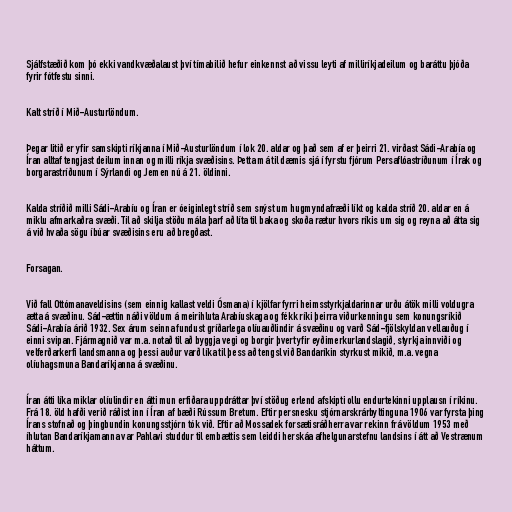
Sjálfstæðið kom þó ekki vandkvæðalaust því tímabilið hefur einkennst að vissu leyti af milliríkjadeilum og baráttu þjóða
fyrir fótfestu sinni.

Kalt stríð í Mið-Austurlöndum.

Þegar litið er yfir samskipti ríkjanna í Mið-Austurlöndum í lok 20. aldar og það sem af er þeirri 21. virðast Sádi-Arabía og
Íran alltaf tengjast deilum innan og milli ríkja svæðisins. Þetta má til dæmis sjá í fyrstu fjórum Persaflóastríðunum í Írak og
borgarastríðunum í Sýrlandi og Jemen nú á 21. öldinni.

Kalda stríðið milli Sádi-Arabíu og Íran er óeiginlegt stríð sem snýst um hugmyndafræði líkt og kalda stríð 20. aldar en á
miklu afmarkaðra svæði. Til að skilja stöðu mála þarf að líta til baka og skoða rætur hvors ríkis um sig og reyna að átta sig
á við hvaða sögu íbúar svæðisins eru að bregðast.

Forsagan.

Við fall Ottómanaveldisins (sem einnig kallast veldi Ósmana) í kjölfar fyrri heimsstyrkjaldarinnar urðu átök milli voldugra
ætta á svæðinu. Sád-ættin náði völdum á meirihluta Arabíuskaga og fékk ríki þeirra viðurkenningu sem konungsríkið
Sádi-Arabía árið 1932. Sex árum seinna fundust gríðarlega olíuauðlindir á svæðinu og varð Sád-fjölskyldan vellauðug í
einni svipan. Fjármagnið var m.a. notað til að byggja vegi og borgir þvert yfir eyðimerkurlandslagið, styrkja innviði og
velferðarkerfi landsmanna og þessi auður varð líka til þess að tengsl við Bandaríkin styrkust mikið, m.a. vegna
olíuhagsmuna Bandaríkjanna á svæðinu.

Íran átti líka miklar olíulindir en átti mun erfiðara uppdráttar því stöðug erlend afskipti ollu endurtekinni upplausn í ríkinu.
Frá 18. öld hafði verið ráðist inn í Íran af bæði Rússum Bretum. Eftir persnesku stjórnarskrárbyltinguna 1906 var fyrsta þing
Írans stofnað og þingbundin konungsstjórn tók við. Eftir að Mossadek forsætisráðherra var rekinn frá völdum 1953 með
íhlutan Bandaríkjamanna var Pahlavi studdur til embættis sem leiddi herskáa afhelgunarstefnu landsins í átt að Vestrænum
háttum.